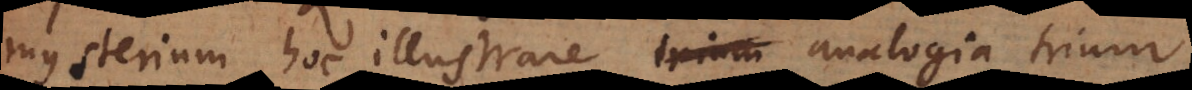
mysterium hoc illustrare analogia trium